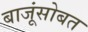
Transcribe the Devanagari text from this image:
बाजूंसोबत